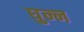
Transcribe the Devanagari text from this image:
घुन्न